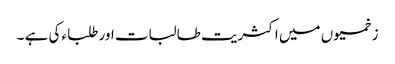
زخمیوں میں اکثریت طالبات اور طلباء کی ہے ۔